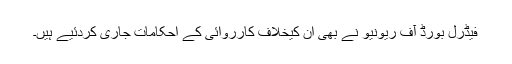
فیڈرل بورڈ آف ریونیو نے بھی ان کیخلاف کارروائی کے احکامات جاری کردئیے ہیں۔